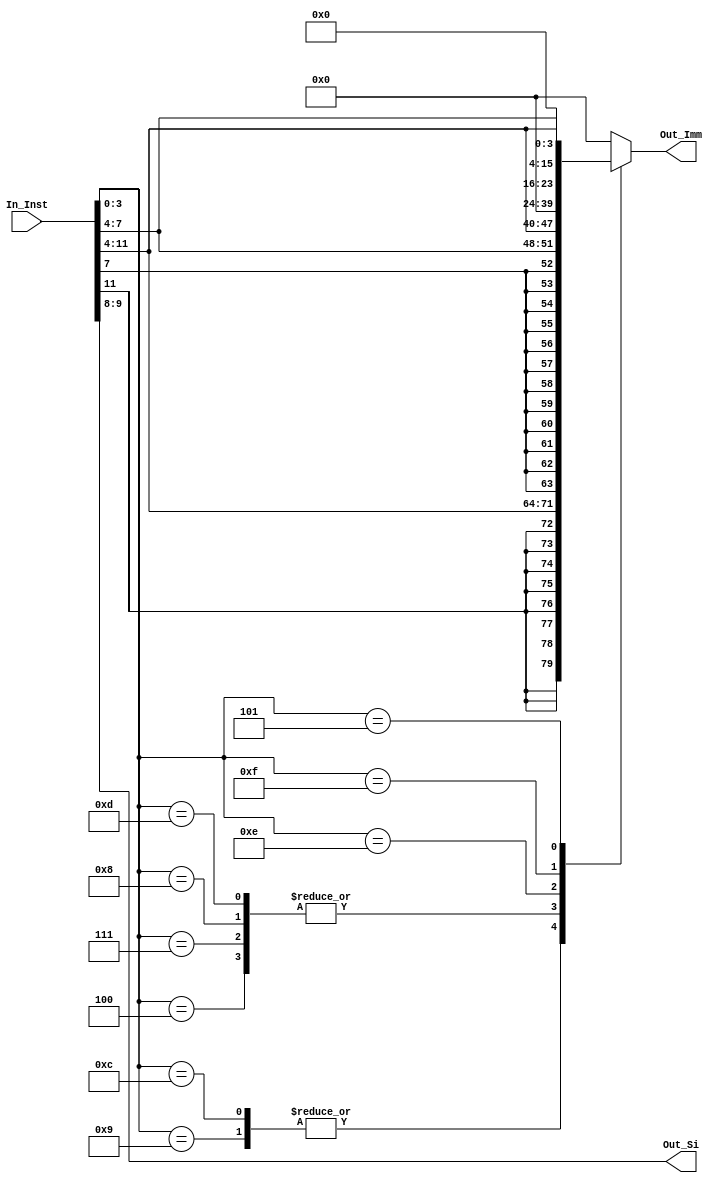
module ImmediateGenie (
  input [15:0] In_Inst,
  output reg signed [15:0] Out_Imm,
  output reg [1:0] Out_Si
);

always @* begin

  Out_Si = In_Inst[9:8];
  case (In_Inst[3:0])
    // addi
    4'b0100: Out_Imm = {{12{In_Inst[7]}}, In_Inst[7:4]};
    // lw
    4'b0111: Out_Imm = {{12{In_Inst[7]}}, In_Inst[7:4]};
    // sw
    4'b1000: Out_Imm = {{12{In_Inst[7]}}, In_Inst[7:4]};
    // beq
    4'b1001: Out_Imm = {{8{In_Inst[11]}}, In_Inst[11:4]}; 
    // jal
    4'b1100: Out_Imm = {{8{In_Inst[11]}}, In_Inst[11:4]}; 
	 // jalr
    4'b1101: Out_Imm = {{12{In_Inst[7]}}, In_Inst[7:4]};
	 // lui
    4'b1110: Out_Imm = {In_Inst[11:4], 8'b0};
	 // lbi
    4'b1111: Out_Imm = {8'b0, In_Inst[11:4]};
	 // si
    4'b0101: Out_Imm = {12'b0, In_Inst[7:4]};
    default: Out_Imm = 16'b0000000000000000; // Default value
  endcase

end

endmodule